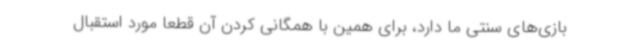
بازی‌های سنتی ما دارد، برای همین با همگانی کردن آن قطعا مورد استقبال